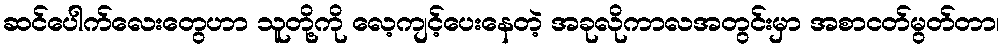
ဆင်ပေါက်လေးတွေဟာ သူတို့ကို လေ့ကျင့်ပေးနေတဲ့ အခုလိုကာလအတွင်းမှာ အစာငတ်မွတ်တာ၊